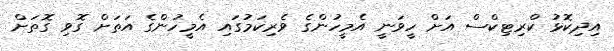
އިދިކޮޅު ކްރިޓިކްސް އަށް ހީވަނީ އެމީހުންގެ ވެރިކަމުގައި އެމީހުންގެ އަތަށް ގޮވި ގޮތަށް